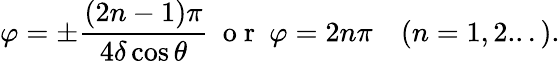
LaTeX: \varphi=\pm\frac{(2n-1)\pi}{4\delta\cos{\theta}}\ \mathrm{~o~r~}\ \varphi=2n\pi\quad(n=1,2...).